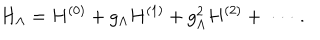
LaTeX: H _ { \Lambda } = H ^ { ( 0 ) } + g _ { \Lambda } H ^ { ( 1 ) } + g _ { \Lambda } ^ { 2 } H ^ { ( 2 ) } + \; \cdot \cdot \cdot \; .